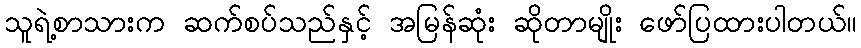
သူရဲ့စာသားက ဆက်စပ်သည်နှင့် အမြန်ဆုံး ဆိုတာမျိုး ဖော်ပြထားပါတယ်။